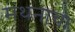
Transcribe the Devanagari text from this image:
मंथनाचा